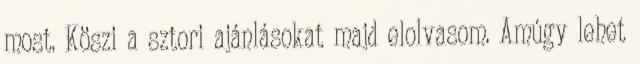
most. Köszi a sztori ajánlásokat majd elolvasom. Amúgy lehet